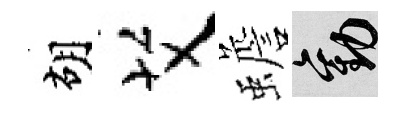
胡艾蟾勸